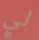
لي